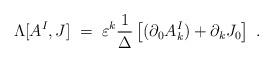
LaTeX: \begin{align*}\Lambda[A^I, J]\;=\;\varepsilon^k \frac{1}{\Delta}\left[ (\partial_0 A_k^I) + \partial_k J_0\right]\;.\end{align*}